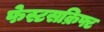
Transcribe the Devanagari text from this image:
फेस्टसक्रिफ्ट